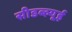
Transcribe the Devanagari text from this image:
सीडब्ल्यूई